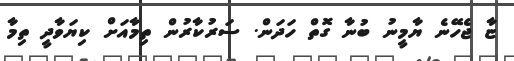
ޏާ ޖެހޭނެ ޔާމީނު ބުނާ ގޮތް ހަދަން. ސަރުކާރުން ތިމާއަށް ކިޔަވާދީ ތިމާ